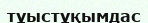
тұыстұқымдас